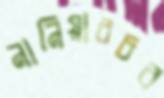
নানিয়ারচর